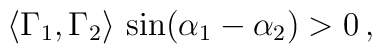
\langle \Gamma_1,\Gamma_2 \rangle \, \sin(\alpha_1-\alpha_2) > 0 \, ,